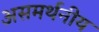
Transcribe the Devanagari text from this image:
असमर्थनीय